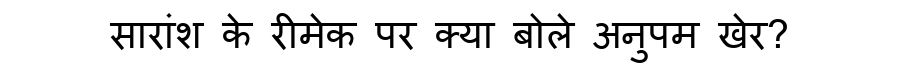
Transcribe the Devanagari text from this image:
सारांश के रीमेक पर क्या बोले अनुपम खेर?